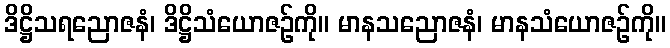
ဒိဋ္ဌိသရညောဇနံ၊ ဒိဋ္ဌိသံယောဇဉ်ကို။ မာနသညောဇနံ၊ မာနသံယောဇဉ်ကို။